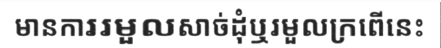
មានការរមួលសាច់ដុំឬរមួលក្រពើនេះ